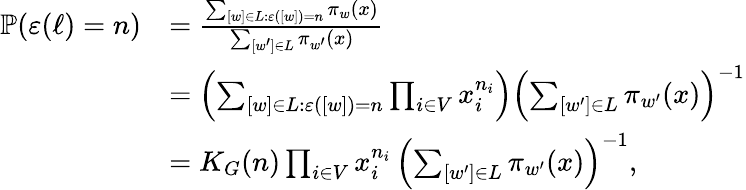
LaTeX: \begin{array}{rl}{\mathbb{P}(\varepsilon(\ell)=n)}&{=\frac{\sum_{[w]\in L\colon\varepsilon([w])=n}\pi_{w}(x)}{\sum_{[w^{\prime}]\in L}\pi_{w^{\prime}}(x)}}\\ &{=\left(\sum_{[w]\in L\colon\varepsilon([w])=n}\prod_{i\in V}x_{i}^{n_{i}}\right)\left(\sum_{[w^{\prime}]\in L}\pi_{w^{\prime}}(x)\right)^{-1}}\\ &{=K_{G}(n)\prod_{i\in V}x_{i}^{n_{i}}\, \left(\sum_{[w^{\prime}]\in L}\pi_{w^{\prime}}(x)\right)^{-1},}\end{array}